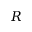
R